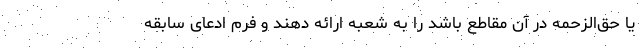
یا حق‌الزحمه در آن مقاطع باشد را به شعبه ارائه دهند و فرم ادعای سابقه